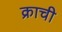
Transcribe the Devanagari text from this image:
क्राची